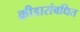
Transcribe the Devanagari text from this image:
क्रीडासंबधित